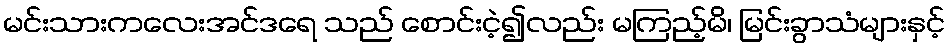
မင်းသားကလေးအင်ဒရေ သည် စောင်းငဲ့၍လည်း မကြည့်မိ၊ မြင်းခွာသံများနှင့်